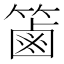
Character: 𥱾